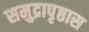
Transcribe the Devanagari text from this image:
समुद्रापृष्ठास